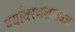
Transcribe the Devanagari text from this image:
पर्यावरणशास्त्रज्ञ